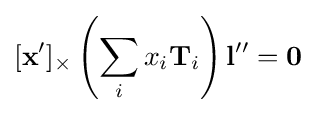
[{\mathbf {x} }']_{\times }\left(\sum _{i}x_{i}{\mathbf {T} }_{i}\right){\mathbf {l} }''={\mathbf {0} }